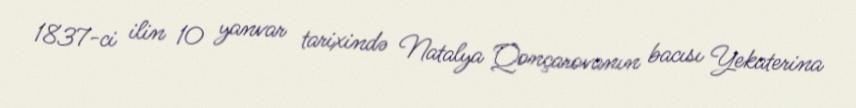
1837-ci ilin 10 yanvar tarixində Natalya Qonçarovanın bacısı Yekaterina